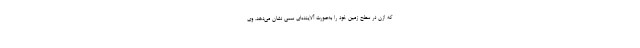
که ازن در سطح زمین خود را به‌صورت آلاینده‌ای سمی نشان می‌دهد. وی